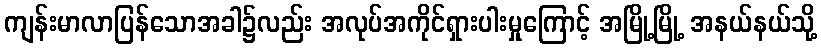
ကျန်းမာလာပြန်သောအခါ၌လည်း အလုပ်အကိုင်ရှားပါးမှုကြောင့် အမြို့မြို့ အနယ်နယ်သို့